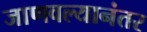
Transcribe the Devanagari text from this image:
जाणवल्यानंतर